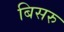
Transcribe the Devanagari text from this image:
बिसरु